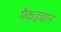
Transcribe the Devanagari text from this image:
मैकइवान